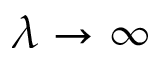
\lambda \to \infty